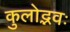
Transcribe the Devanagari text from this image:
कुलोद्भवः